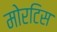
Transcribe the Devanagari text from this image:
मोरटिस